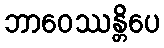
ဘာဝေဿန္တိပေ